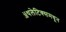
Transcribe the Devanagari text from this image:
ॲथलेटिक्समधून